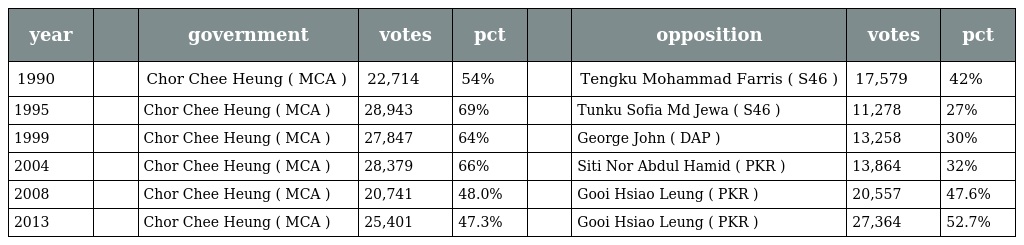
| year |  | government | votes | pct |  | opposition | votes | pct |
 | --- | --- | --- | --- | --- | --- | --- | --- | --- |
 | 1990 |  | Chor Chee Heung ( MCA ) | 22,714 | 54% |  | Tengku Mohammad Farris ( S46 ) | 17,579 | 42% |
 | 1995 |  | Chor Chee Heung ( MCA ) | 28,943 | 69% |  | Tunku Sofia Md Jewa ( S46 ) | 11,278 | 27% |
 | 1999 |  | Chor Chee Heung ( MCA ) | 27,847 | 64% |  | George John ( DAP ) | 13,258 | 30% |
 | 2004 |  | Chor Chee Heung ( MCA ) | 28,379 | 66% |  | Siti Nor Abdul Hamid ( PKR ) | 13,864 | 32% |
 | 2008 |  | Chor Chee Heung ( MCA ) | 20,741 | 48.0% |  | Gooi Hsiao Leung ( PKR ) | 20,557 | 47.6% |
 | 2013 |  | Chor Chee Heung ( MCA ) | 25,401 | 47.3% |  | Gooi Hsiao Leung ( PKR ) | 27,364 | 52.7% |